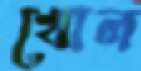
খোল